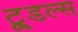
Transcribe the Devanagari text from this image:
टू्डल्स